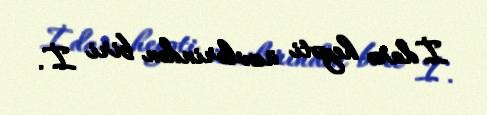
İdarə heyəti üzvlərindən biri İ.